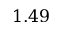
1 . 4 9